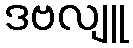
ဒဗလျူ